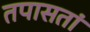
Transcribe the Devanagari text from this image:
तपासतां